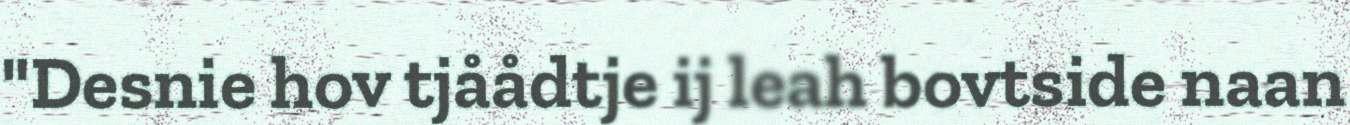
"Desnie hov tjåådtje ij leah bovtside naan